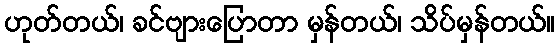
ဟုတ်တယ်၊ ခင်ဗျားပြောတာ မှန်တယ်၊ သိပ်မှန်တယ်။